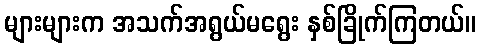
များများက အသက်အရွယ်မရွေး နှစ်ခြိုက်ကြတယ်။